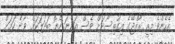
އެހެންވެ މިއީ ރާއްޖޭގެ އިގުތިސޯދަށް ވެސް އަންނަ ހެޔޮ ބަދަލަކަށް ވާނެ ކަމަށް